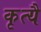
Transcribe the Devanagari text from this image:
कृत्यै